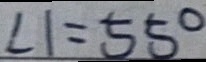
\angle 1 = 5 5 ^ { \circ }